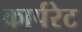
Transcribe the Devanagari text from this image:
कार्परेट